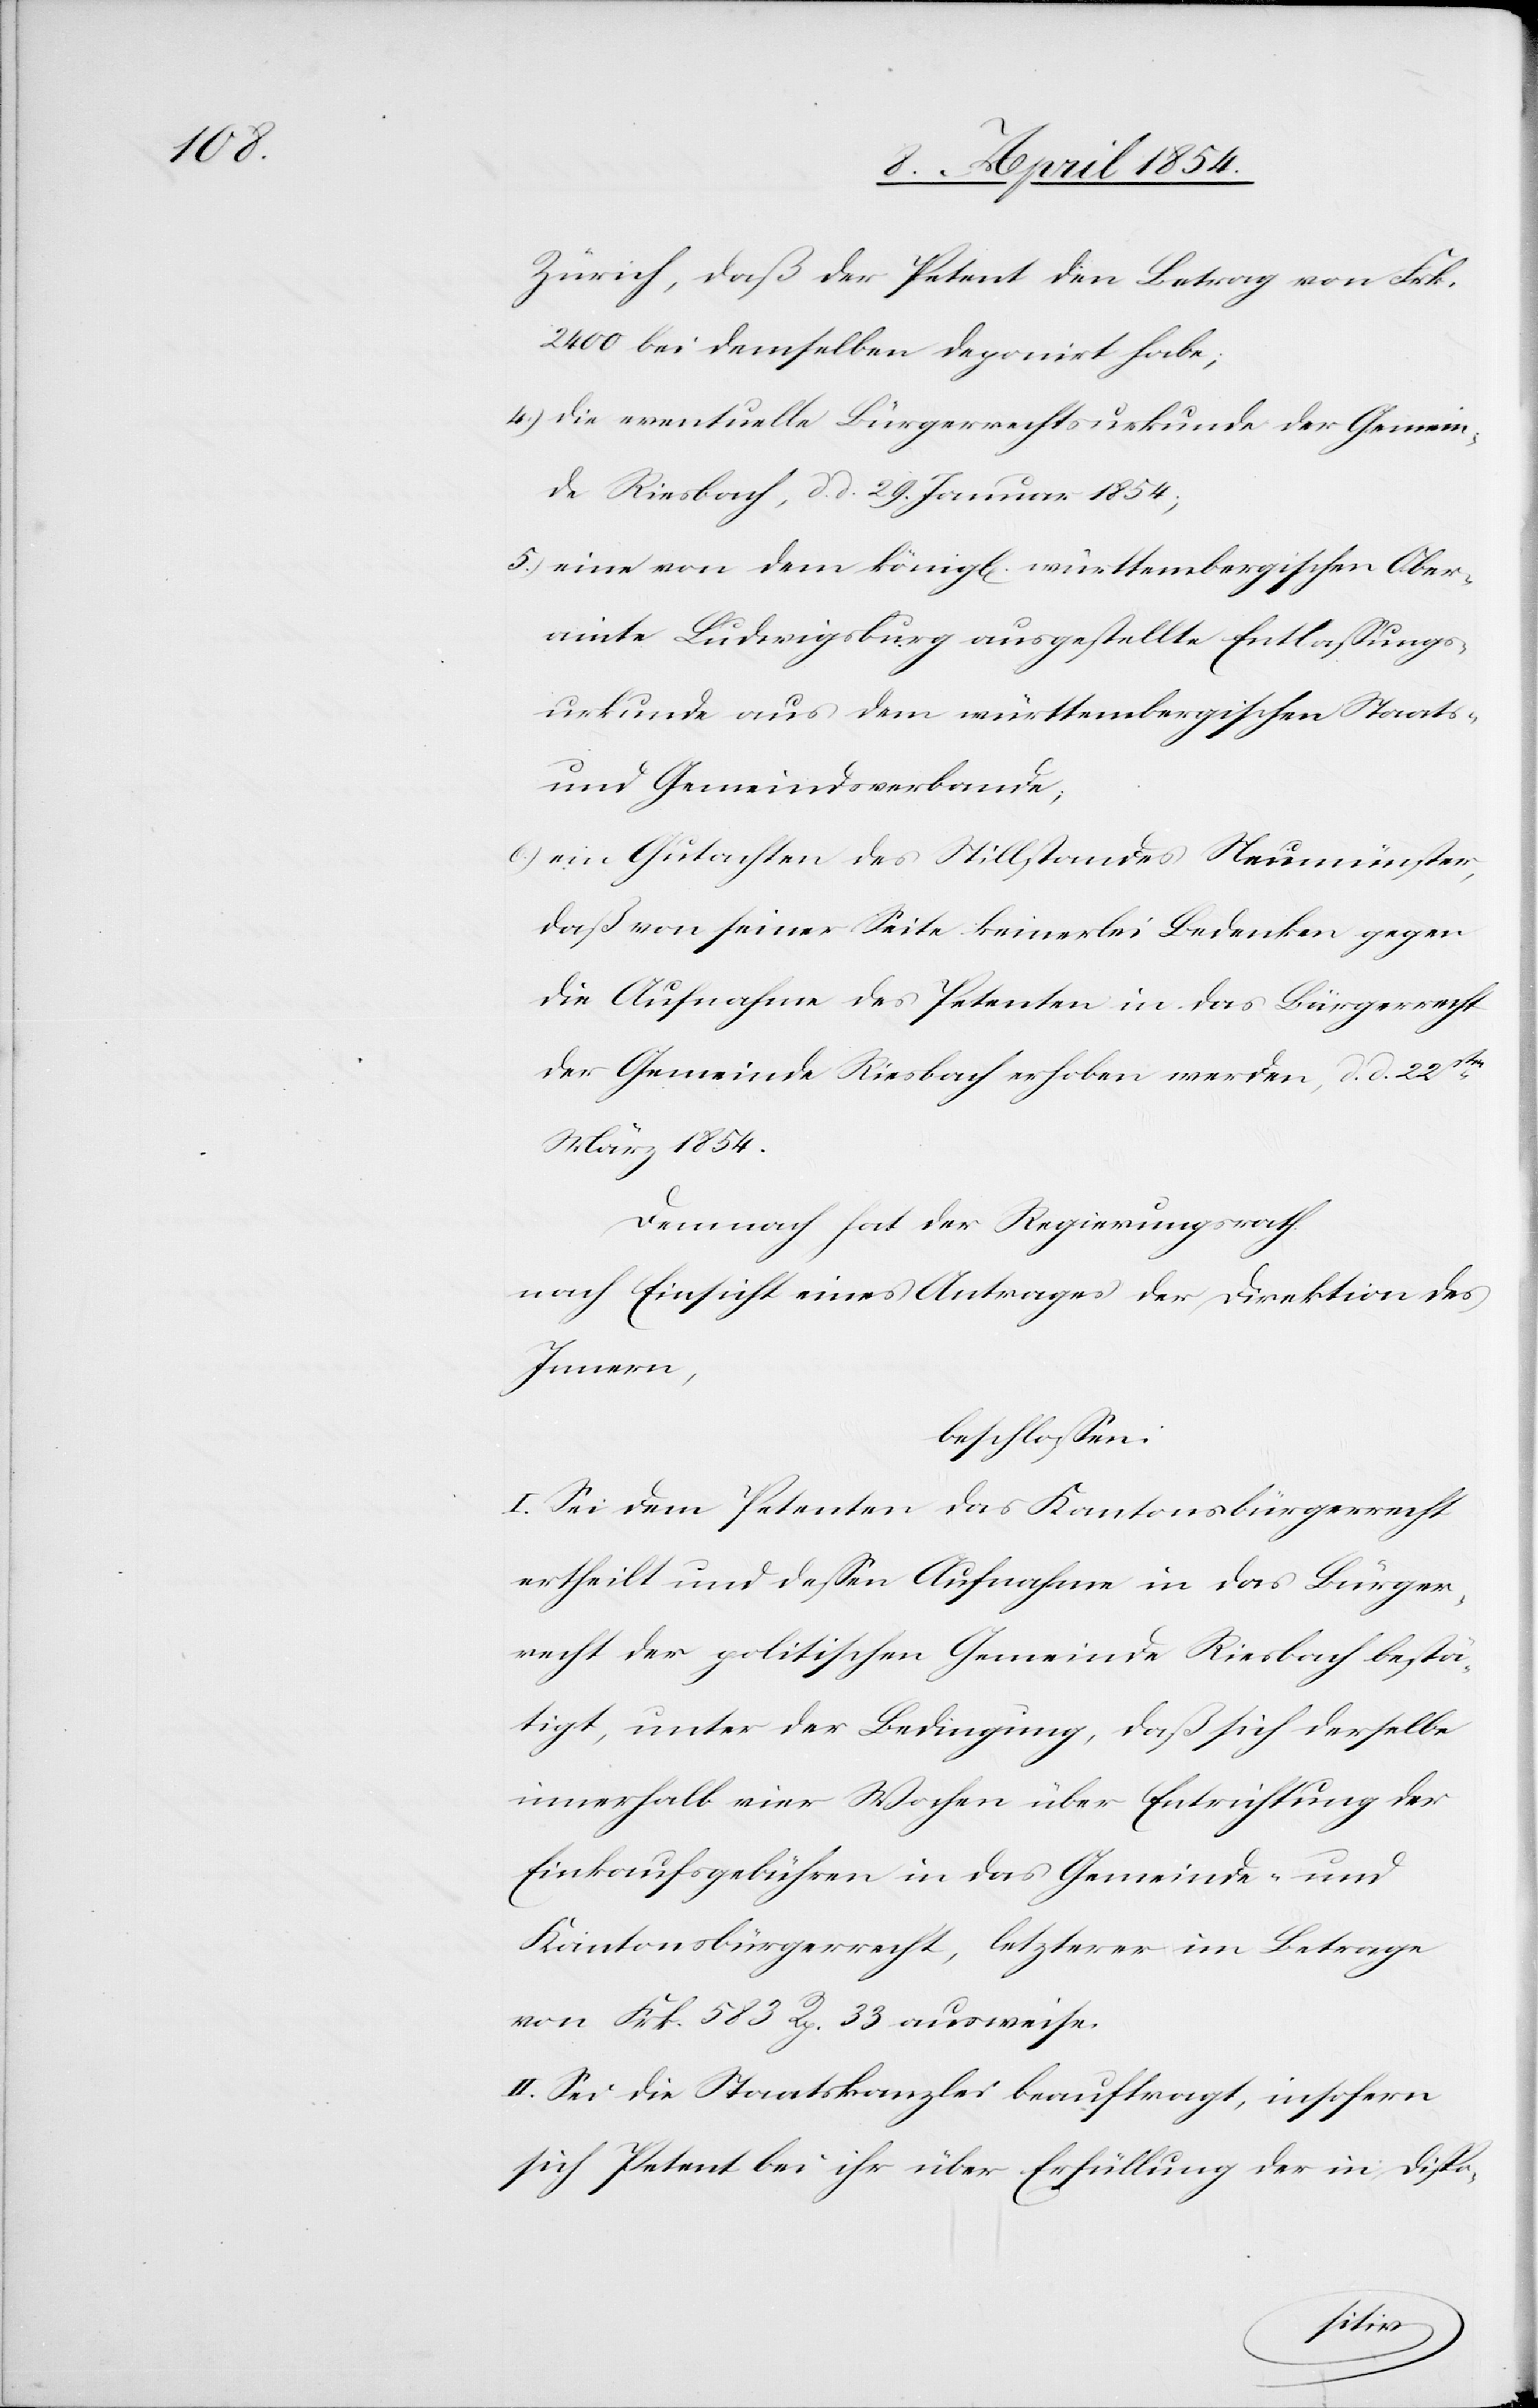
Zürich, daß der Petent den Betrag von Frk.
2400 bei demselben deponirt habe;
4.) die eventuelle Bürgerrechtsurkunde der Gemein¬
de Riesbach, d. d. 29. Januar 1854;
5.) eine von dem königl. württembergischen Ober¬
amte Ludwigsburg ausgestellte Entlaßungs¬
urkunde aus dem württembergischen Staats-
und Gemeindsverbande;
6.) ein Gutachten des Stillstandes Neumünster,
daß von seiner Seite keinerlei Bedenken gegen
die Aufnahme des Petenten in das Bürgerrecht
der Gemeinde Riesbach erhoben werden, d. d. 22ten
März 1854.
Demnach hat der Regierungsrath
nach Einsicht eines Antrages der Direktion des
Innern,
beschloßen:
I. Sei dem Petenten das Kantonsbürgerrecht
ertheilt und deßen Aufnahme in das Bürger¬
recht der politischen Gemeinde Riesbach bestä¬
tigt, unter der Bedingung, daß sich derselbe
innerhalb vier Wochen über Entrichtung der
Einkaufsgebühren in das Gemeinde- und
Kantonsbürgerrecht, letzterer im Betrage
von Frk. 583 Rp. 33 ausweise.
II. Sei die Staatskanzlei beauftragt, insofern
sich Petent bei ihr über Erfüllung der in Dispo-